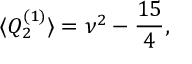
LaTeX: \langle Q _ { 2 } ^ { ( 1 ) } \rangle = \nu ^ { 2 } - \frac { 1 5 } { 4 } ,